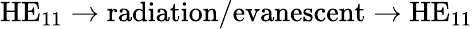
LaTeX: \textrm{HE}_{11}\rightarrow\textrm{radiation/evanescent}\rightarrow\textrm{HE}_{11}